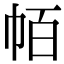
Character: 帞